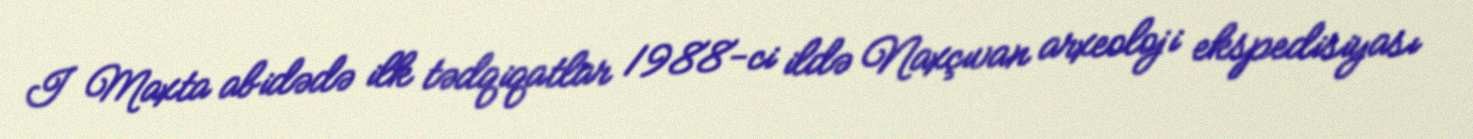
I Maxta abidədə ilk tədqiqatlar 1988-ci ildə Naxçıvan arxeoloji ekspedisiyası